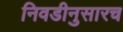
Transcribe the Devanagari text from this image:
निवडीनुसारच